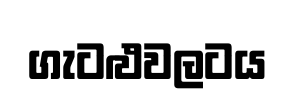
ගැටළුවලටය